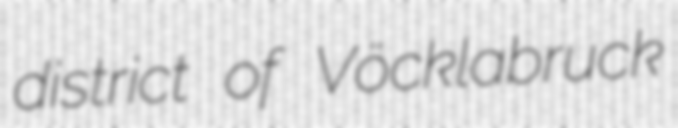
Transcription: district of Vöcklabruck